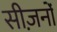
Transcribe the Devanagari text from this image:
सीज़नोंं